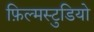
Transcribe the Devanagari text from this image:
फ़िल्मस्टुडियो